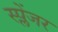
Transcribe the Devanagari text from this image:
स्प्लेंजर